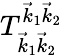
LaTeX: T_{\vec{k}_{1}\vec{k}_{2}}^{\vec{k}_{1}\vec{k}_{2}}